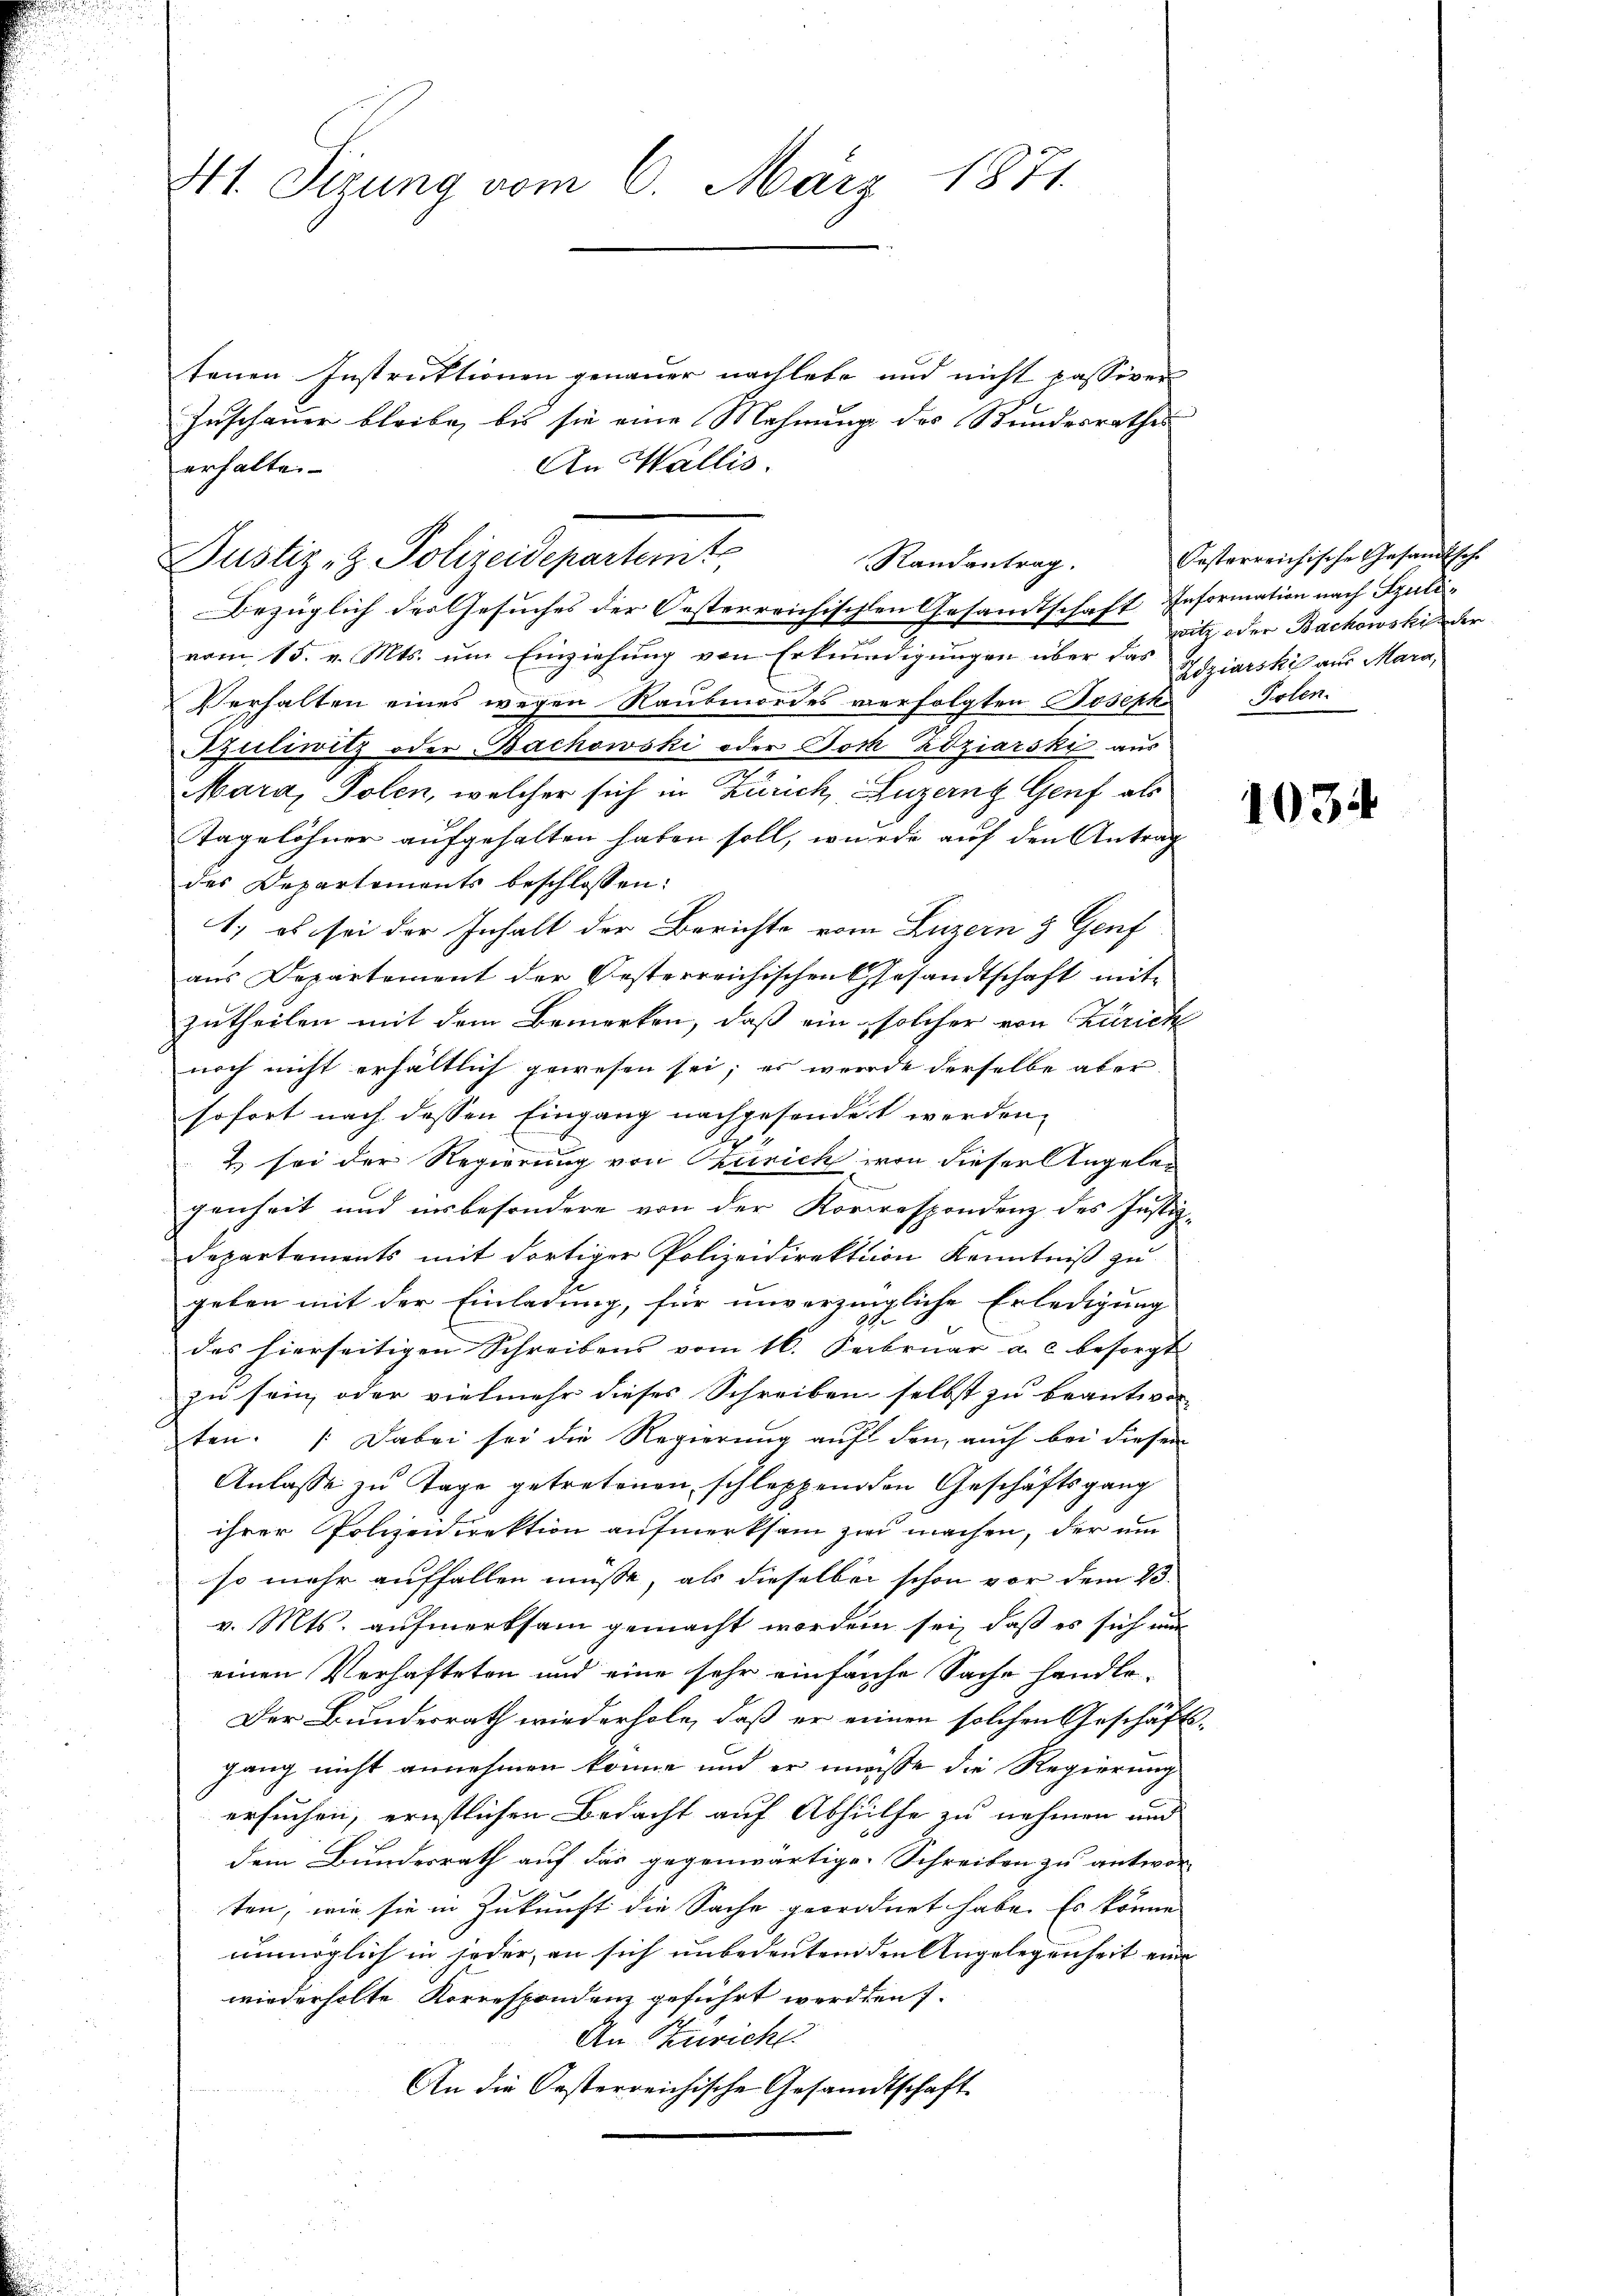
41. Sitzung vom 6. März 1871.

tenen Instruktionen genauer nachlebe und nicht passiven
Zuschauer bleibe, bis sie eine Mahnung des Stundesrathes
An Wallis.
erhalte.

vom 15. v. Mts. um Einziehung von Erkundigungen über das Soziarskis aus Mara,
Verhalten eines wegen Raubmordes verfolgten Joseph
Buliwitz oder Bachowski oder Doch Zdziarski aus
Mara, Tolen, welcher sich in Zürich, Luzern Genf als
Tagelöhner aufgehalten haben soll, wurde auf den Antrag
des Departements beschlossen:
1.) es sei der Inhalt der Berichte vom Luzern & Genf
aus Departement der Oesterreichischen Gesandtschaft mit
zutheilen mit dem Bemerken, daß ein solcher von Zürich
noch nicht erhältlich gewesen sei; es wurde derselbe aber
sofort nach dessen Eingang nachgesondert werden,
2 sei der Regierung von Szurich von dieser Angelee
genheit und insbesondere von der Korrespondenz des Justiz-
Departements mit dortiger Polizeidirektion Kenntniß zu
geben mit der Einladung, für unverzingliche Erledigung
des hierseitigen Schreibens vom 16. Februar a. c. besorgt
zu sein, oder vielmehr dieses Schreiben selbst zu beantwor-
ten. Dabei sei die Regierung auf den auch bei diesem
Anlasse zu Tage getretenen schleppenden Geschäftsgang
ihrer Polizeidirektion aufmerksam zur machen, der um
so mehr auffallen müsse, als dieselben schon vor dem 23.
v. Mts. aufmerksam gemacht worden sei, daß es sich nur
einen Verhafteten und eine sehr einfache Sache handle-
Der Bundesrath wiederhole, daß er einen solchen Geschäftsgang nicht annehmen könne und er müsse die Regierung
ersuchen, ernstlichen Bedacht auf Abhülfe zu nehmen und
dem Bundesrath auf das gegenwärtige Schreiben zu antwor-
ten, wie sie in Zukunft die Sache geordnet habe. Es könne
unmöglich in jeder, an sich unbedeutenden Angelegenheit eine
wiederholte Korrespondenz geführt werden s
An Zürich.
An die Oesterreichische Gesandtschaft

Justiz- & Polizeidepartent
Randantrag.
Bezüglich des Gesuches der Oesterreichischen Gesandtschaft Information nach Szuli¬

Casterreichische Gesandtsche
witz oder Bachowskinder
Polen.

1034